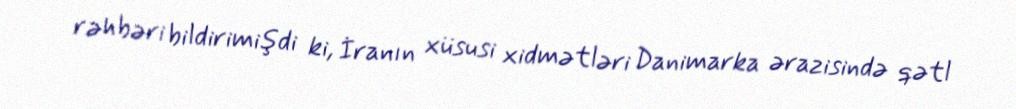
rəhbəri bildirimişdi ki, İranın xüsusi xidmətləri Danimarka ərazisində qətl